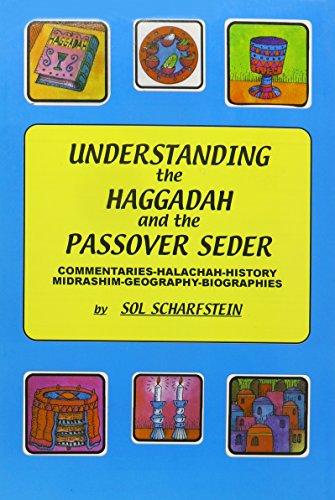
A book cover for Understanding the Haggadah and the Passover Seder: Commentaries-Halacha-History-Midrashim-Geography -Biographies; Sol Scharfstein; Religion & Spirituality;